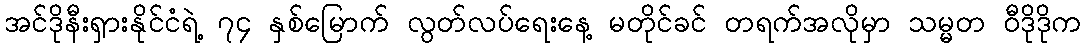
အင်ဒိုနီးရှားနိုင်ငံရဲ့ ၇၄ နှစ်မြောက် လွတ်လပ်ရေးနေ့ မတိုင်ခင် တရက်အလိုမှာ သမ္မတ ဝီဒိုဒိုက